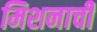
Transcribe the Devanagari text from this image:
मिशनाची